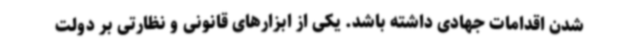
شدن اقدامات جهادی داشته باشد. یکی از ابزارهای قانونی و نظارتی بر دولت